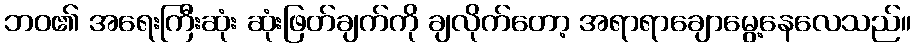
ဘဝ၏ အရေးကြီးဆုံး ဆုံးဖြတ်ချက်ကို ချလိုက်တော့ အရာရာချောမွေ့နေလေသည်။